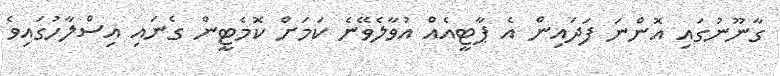
ގާނޫނުގައި އޮންނަ ފަދައިން އެ ޕާޓީއެއް އުވާލެވޭނެ ކަމަށް ކޮމެޓީން ގެނައި އިސްލާހުގައިވެ